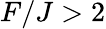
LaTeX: F/J>2